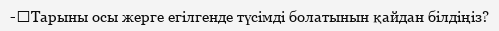
-	Тарыны осы жерге егілгенде түсімді болатынын қайдан білдіңіз?